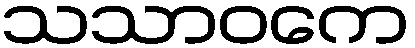
သသာဝကေ